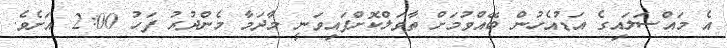
އެ މައްސަލައިގެ އަޑުއެހުން ބޭއްވުމަށް ތާވަލްކޮށްފައިވަނީ މާދަމާ މެންދުރު ފަހު 2:00 އަށެވެ.